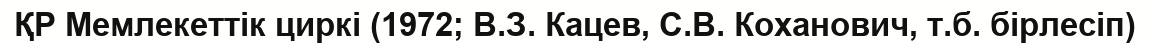
ҚР Мемлекеттік циркі (1972; В.З. Кацев, С.В. Коханович, т.б. бірлесіп)